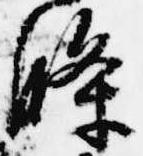
条